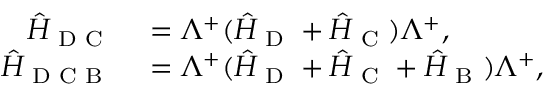
\begin{array} { r l } { \hat { H } _ { \textrm { D C } } } & { { } = \Lambda ^ { + } ( \hat { H } _ { \textrm { D } } + \hat { H } _ { \textrm { C } } ) \Lambda ^ { + } , } \\ { \hat { H } _ { \textrm { D C B } } } & { { } = \Lambda ^ { + } ( \hat { H } _ { \textrm { D } } + \hat { H } _ { \textrm { C } } + \hat { H } _ { \textrm { B } } ) \Lambda ^ { + } , } \end{array}